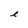
Character: e